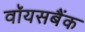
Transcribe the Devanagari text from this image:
वॉयसबैंक